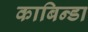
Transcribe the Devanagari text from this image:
काबिन्डा